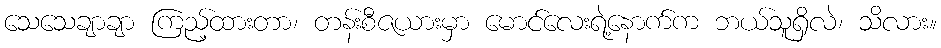
သေသေချာချာ ကြည့်ထားတာ၊ တန်းစီဇယားမှာ မောင်လေးရဲ့နောက်က ဘယ်သူရှိလဲ၊ သိလား။